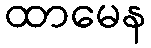
ထာမေန